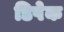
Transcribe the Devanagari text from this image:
डिपेक